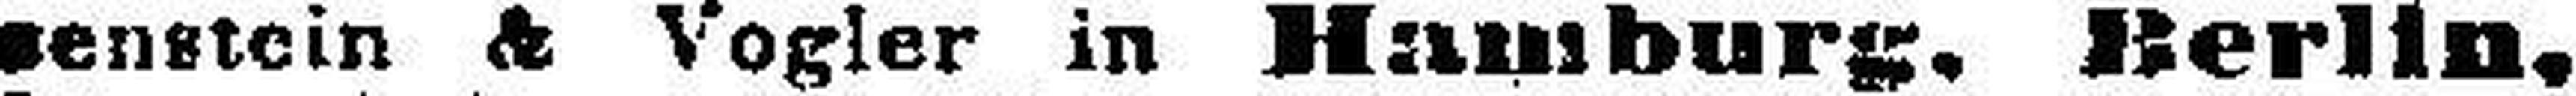
senstein & Vogler in Hamburg, Berlin,